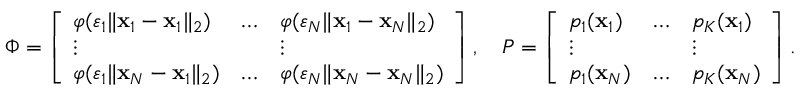
\Phi = \left[ \begin{array} { l l l } { \varphi ( \varepsilon _ { 1 } \| \mathbf { x } _ { 1 } - \mathbf { x } _ { 1 } \| _ { 2 } ) } & { \dots } & { \varphi ( \varepsilon _ { N } \| \mathbf { x } _ { 1 } - \mathbf { x } _ { N } \| _ { 2 } ) } \\ { \vdots } & & { \vdots } \\ { \varphi ( \varepsilon _ { 1 } \| \mathbf { x } _ { N } - \mathbf { x } _ { 1 } \| _ { 2 } ) } & { \dots } & { \varphi ( \varepsilon _ { N } \| \mathbf { x } _ { N } - \mathbf { x } _ { N } \| _ { 2 } ) } \end{array} \right] , \quad P = \left[ \begin{array} { l l l } { p _ { 1 } ( \mathbf { x } _ { 1 } ) } & { \dots } & { p _ { K } ( \mathbf { x } _ { 1 } ) } \\ { \vdots } & & { \vdots } \\ { p _ { 1 } ( \mathbf { x } _ { N } ) } & { \dots } & { p _ { K } ( \mathbf { x } _ { N } ) } \end{array} \right] .